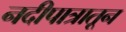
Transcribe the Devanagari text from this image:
नदीपात्रातून